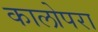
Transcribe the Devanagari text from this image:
कालोपरा